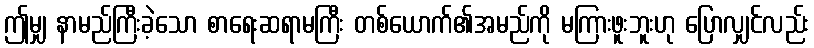
ဤမျှ နာမည်ကြီးခဲ့သော စာရေးဆရာမကြီး တစ်ယောက်၏အမည်ကို မကြားဖူးဘူးဟု ပြောလျှင်လည်း